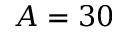
A = 3 0